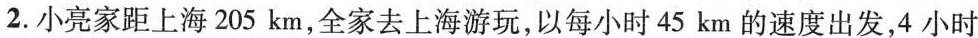
2.小亮家距上海205km，全家去上海游玩，以每小时45km的速度出发，4小时